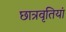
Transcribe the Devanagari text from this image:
छात्रवृतियां